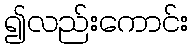
၍လည်းကောင်း